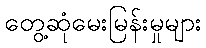
တွေ့ဆုံမေးမြန်းမှုများ